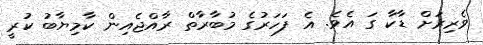
ވެރިރަށް ޑާކާ ގަ އެވެ. އެ ފަހަރުގެ މުބާރާތް ރާއްޖެއިން ކާމިޔާބު ކުރީ